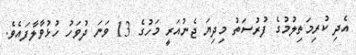
އެދި ކުރިމަތިލުމުގެ ފުރުސަތު މިދިޔަ ޖެނުއަރީ މަހުގެ 13 ވަނަ ދުވަހު ހުޅުވާލާފައެވެ.